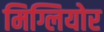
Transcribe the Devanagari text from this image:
मिग्लियोर